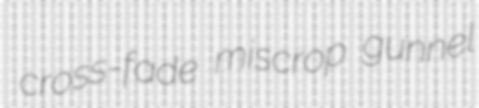
cross-fade miscrop gunnel